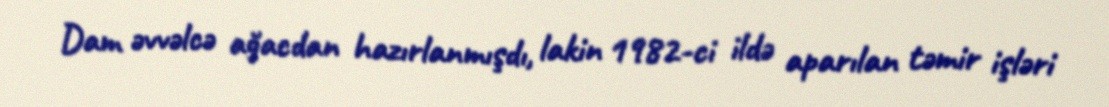
Dam əvvəlcə ağacdan hazırlanmışdı, lakin 1982-ci ildə aparılan təmir işləri